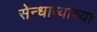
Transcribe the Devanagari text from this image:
सेन्धाव्याच्या